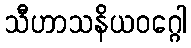
သီဟာသနိယဝဂ္ဂေါ